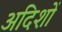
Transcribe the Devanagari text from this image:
अदिशों